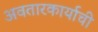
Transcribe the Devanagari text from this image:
अवतारकार्याची